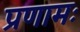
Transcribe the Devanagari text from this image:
प्रणामः